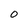
Character: O